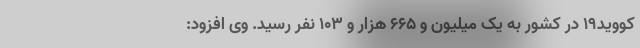
کووید۱۹ در کشور به یک میلیون و ۶۶۵ هزار و ۱۰۳ نفر رسید. وی افزود: